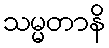
သမ္မတာနိ